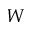
W